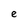
Character: e